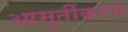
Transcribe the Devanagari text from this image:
आमूर्तीकरण